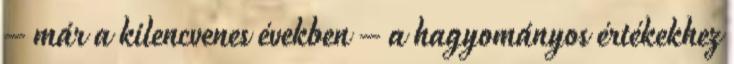
– már a kilencvenes években – a hagyományos értékekhez